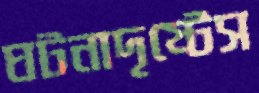
ঘটনাদৃষ্টেস